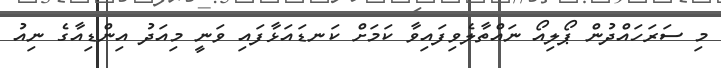
މި ސަރަހައްދުން ޕޯލިއޯ ނައްތާލެވިފައިވާ ކަމަށް ކަނޑައަޅާފައި ވަނީ މިއަދު އިންޑިއާގެ ނިއު